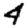
Digit: 4